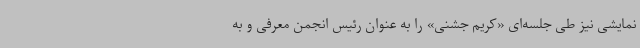
نمایشی نیز طی جلسه‌ای «کریم جشنی» را به عنوان رئیس انجمن معرفی و به